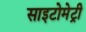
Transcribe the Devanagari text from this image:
साइटोमेट्री